Annual report of the Imperial Bacteriologist
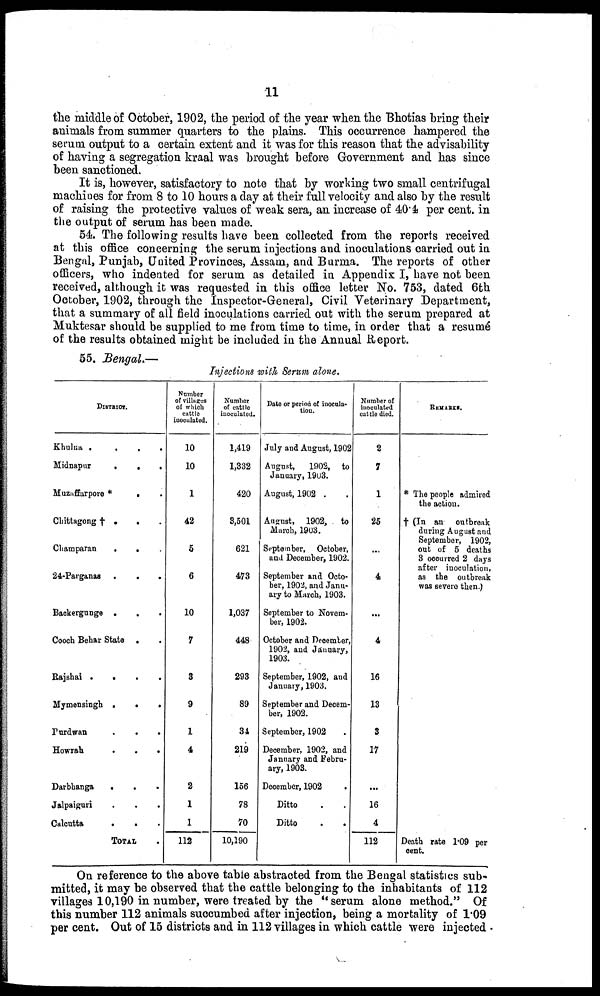
11
the middle of October, 1902, the period of the year when the Bhotias bring their
animals from summer quarters to the plains. This occurrence hampered the
serum output to a certain extent and it was for this reason that the advisability
of having a segregation kraal was brought before Government and has since
been sanctioned.
It is, however, satisfactory to note that by working two small centrifugal
machines for from 8 to 10 hours a day at their full velocity and also by the result
of raising the protective values of weak sera, an increase of 40.4 per cent. in
the output of serum has been made.
54. The following results have been collected from the reports received
at this office concerning the serum injections and inoculations carried out in
Bengal, Punjab, United Provinces, Assam, and Burma. The reports of other
officers, who indented for serum as detailed in Appendix I, have not been
received, although it was requested in this office letter No. 753, dated 6th
October, 1902, through the Inspector-General, Civil Veterinary Department,
that a summary of all field inoculations carried out with the serum prepared at
Muktesar should be supplied to me from time to time, in order that a resumé
of the results obtained might be included in the Annual Report.
55. Bengal.—
Injections with Serum alone.
DISTRICT.
Khulna .
.
.
.
Midnapur
.
.
.
Muzaffarpore *
.
Chittagong † . .
Champaran
.
.
24-Parganas .
.
.
Backergunge .
Cooch Behar State .
Rajshai .
.
.
.
Mymensingh .
.
.
Purdwan
.
.
.
Howrah
.
.
.
Darbhanga
.
.
Jalpaiguri
Calcutta
.
.
TOTAL .
Number
of villages
of which
cattle
inoculated.
10
10
1
42
5
6
10
7
3
9
1
4
2
1
1
112
Number
of cattle
inoculated.
1,419
1,332
420
3,501
621
473
1,037
448
293
89
34
219
156
78
70
10,190
Date or period of inocula-
tion.
July and August, 1902
August,
1902, to
January, 1903.
August, 1902 .
August, 1902, to
March, 1903.
September, October,
and December, 1902.
September and Octo-
ber, 1902, and Janu-
ary to March, 1903.
September to Novem-
ber, 1902.
October and December,
1902, and January,
1903.
September, 1902, and
January, 1903.
September and Decem-
ber, 1902.
September, 1902
December, 1902, and
January and Febru-
ary, 1903.
December, 1902 .
Ditto . .
Ditto . .
Number of
inoculated
cattle died.
2
7
1
25
...
4
...
4
16
13
3
17
...
16
4
112
REMARKS.
* The people admired
the action.
† (In an outbreak
during August and
September, 1902,
out of 5 deaths
3 occurred 2 days
after inoculation,
as the outbreak
was severe then.)
Death rate 1.09 per
cent.
On reference to the above table abstracted from the Bengal statistics sub-
mitted, it may be observed that the cattle belonging to the inhabitants of 112
villages 10,190 in number, were treated by the "serum alone method." Of
this number 112 animals succumbed after injection, being a mortality of 1.09
per cent. Out of 15 districts and in 112 villages in which cattle were injected .